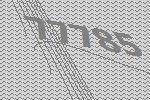
77785